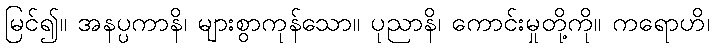
မြင်၍။ အနပ္ပကာနိ၊ များစွာကုန်သော။ ပုညာနိ၊ ကောင်းမှုတို့ကို။ ကရောဟိ၊